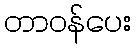
တာဝန်ပေး